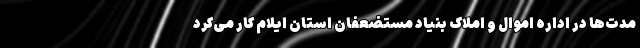
مدت‌ها در اداره اموال و املاک بنیاد مستضعفان استان ایلام کار می‌کرد